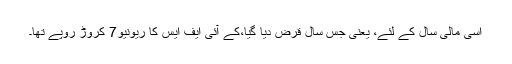
اسی مالی سال کے لئے، یعنی جس سال قرض دیا گیا،کے آئی ایف ایس کا ریونیو7 کروڑ روپے تھا۔